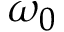
\omega _ { 0 }